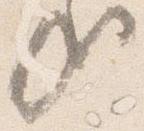
哉